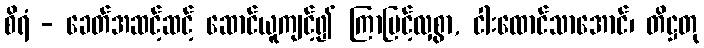
စိရံ - ခေတ်အဆင့်ဆင့် ဆောင်ယူကျင့်၍ ကြာမြင့်လှစွာ, ငါးထောင်သာအောင်၊ တိဋ္ဌတု